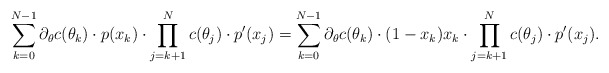
\begin{align*}\sum \limits_{k=0}^{N-1} \partial_\theta c(\theta_k) \cdot p(x_k) \cdot \prod \limits_{j=k+1}^{N} c(\theta_j) \cdot p'(x_j) &=\sum \limits_{k=0}^{N-1} \partial_\theta c(\theta_k) \cdot (1-x_k)x_k \cdot \prod \limits_{j=k+1}^{N} c(\theta_j) \cdot p'(x_j).\end{align*}